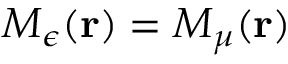
M _ { \epsilon } ( { \bf r } ) = M _ { \mu } ( { \bf r } )